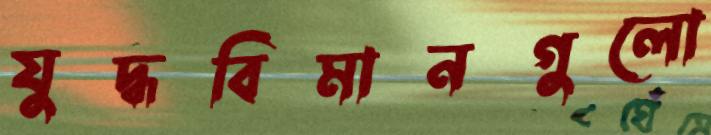
যুদ্ধবিমানগুলো